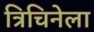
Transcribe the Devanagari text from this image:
त्रिचिनेला